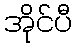
အိုင်ပီ